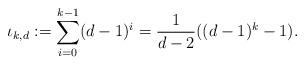
LaTeX: \begin{align*}\iota_{k,d} := \sum_{i=0}^{k-1}(d-1)^i=\frac{1}{d-2}((d-1)^k-1).\end{align*}